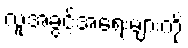
လူ့အခွင့်အရေးများကို